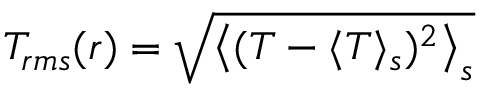
T _ { r m s } ( r ) = \sqrt { \left\langle ( T - \langle T \rangle _ { s } ) ^ { 2 } \right\rangle _ { s } }